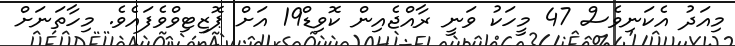
މިއަދު އެކަނިވެސް 47 މީހަކު ވަނީ ރާއްޖެއިން ކޮވިޑް19 އަށް ޕޮޒިޓިވްވެފައެވެ. މިހާތަނަށް